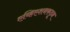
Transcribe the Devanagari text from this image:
एव्हिएशनकडून